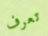
تعرف